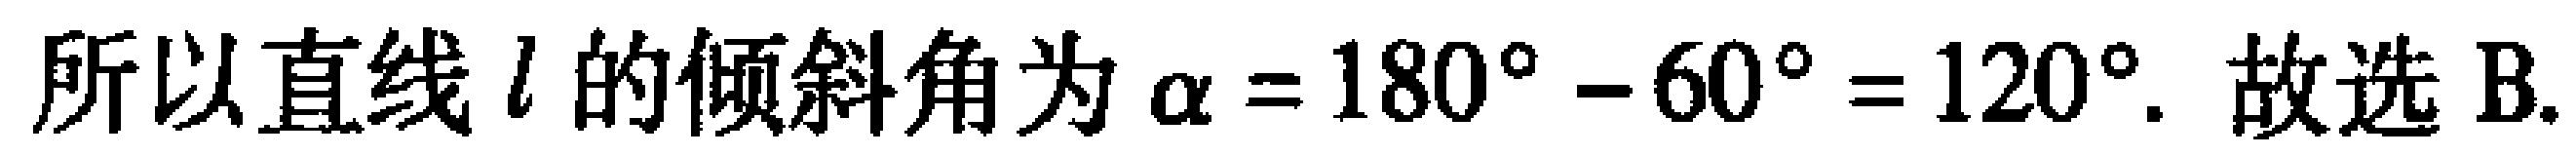
所以直线\(l\)的倾斜角为\(\alpha = 180^{\circ} - 60^{\circ} = 120^{\circ}\). 故选B.